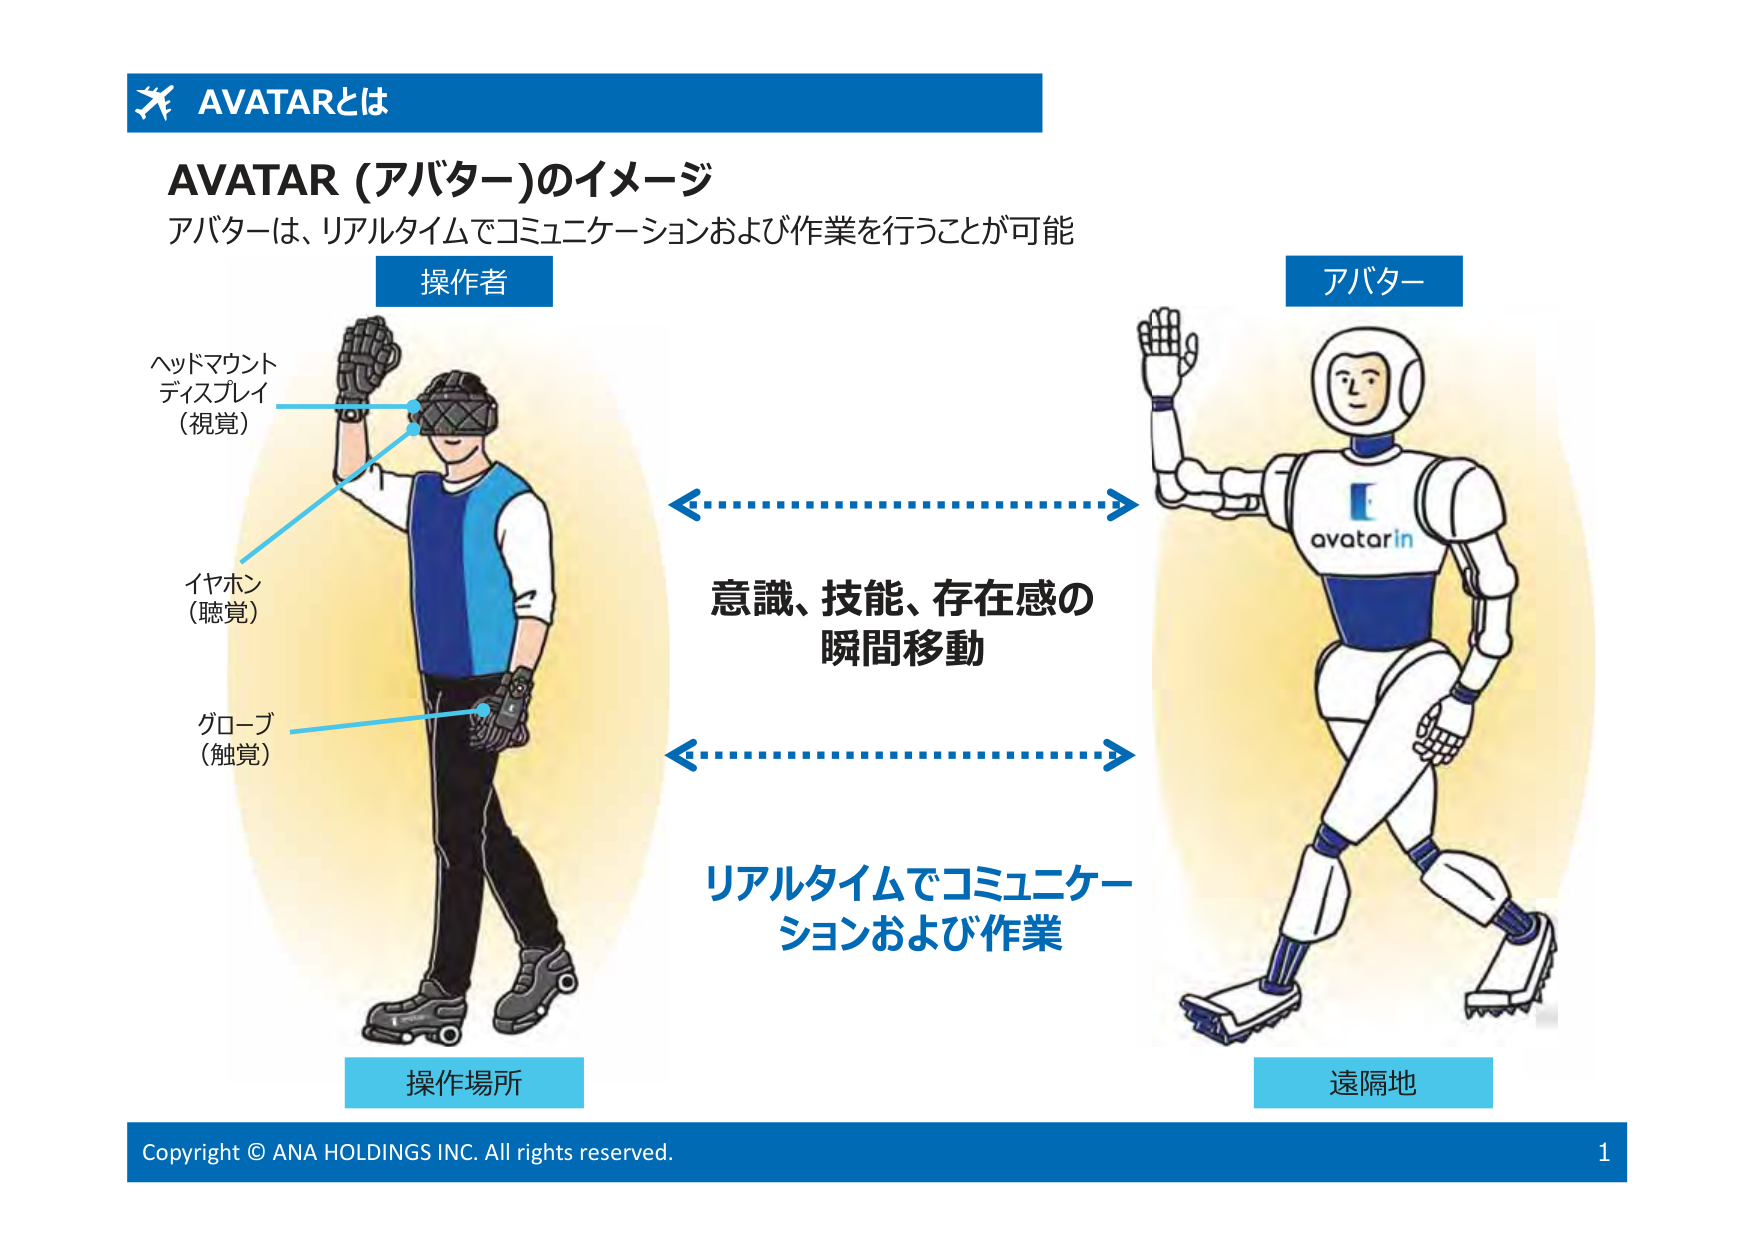
AVATARとは
AVATAR (アバター)のイメージ
アバターは、リアルタイムでコミュニケーションおよび作業を行うことが可能
操作者
ヘッドマウント
ディスプレイ
（視覚）
イヤホン
（聴覚）
グローブ
（触覚）
操作場所
アバター
意識、技能、存在感の
瞬間移動
リアルタイムでコミュニケーションおよび作業
遠隔地
Copyright © ANA HOLDINGS INC. All rights reserved.
1
avatarin